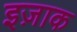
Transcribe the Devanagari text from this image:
इज़ाक